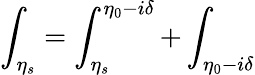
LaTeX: \int_{\eta_{s}}=\int_{\eta_{s}}^{\eta_{0}-i\delta}+\int_{\eta_{0}-i\delta}